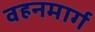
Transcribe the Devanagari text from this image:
वहनमार्ग